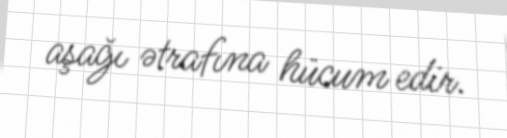
aşağı ətrafına hücum edir.